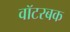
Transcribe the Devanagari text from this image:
वॉटरबक